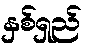
နှစ်ရှည်